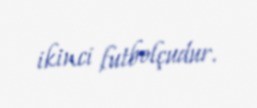
ikinci futbolçudur.